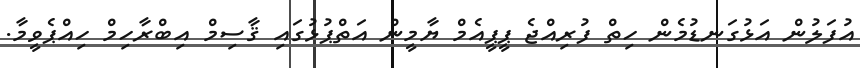
އުފަލުން އަޅުގަނޑުމެން ހިތް ފުރިއްޖެ ޕީޕީއެމް ޔާމީން އަތްޕުޅުގައި ޤާސިމް އިބްރާހިމް ހިއްޕެވީމާ.